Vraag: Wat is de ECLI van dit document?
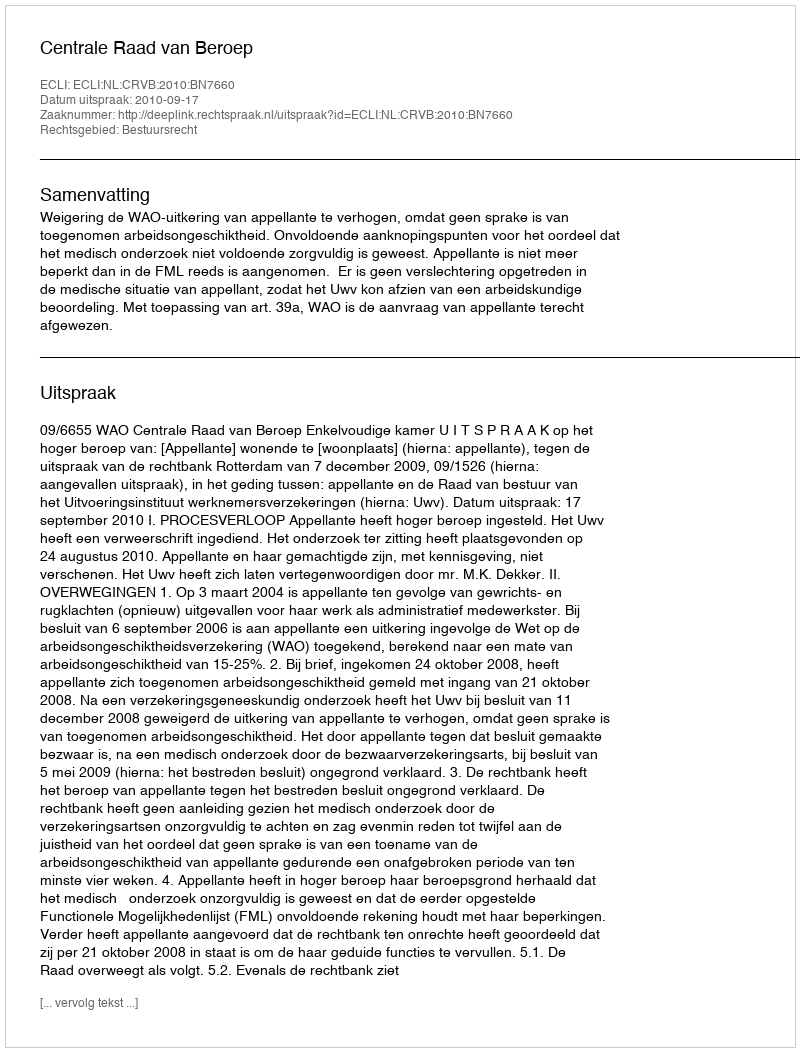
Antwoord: ECLI:NL:CRVB:2010:BN7660